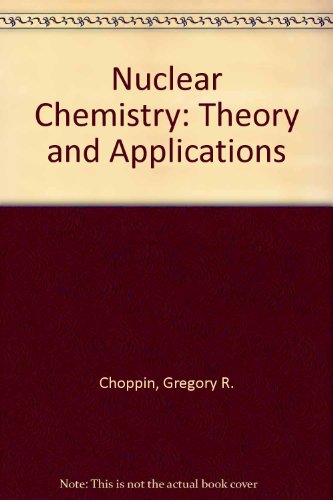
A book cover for Nuclear Chemistry: Theory and Applications; G. Choppin; Science & Math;